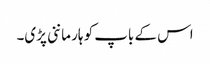
اس کے باپ کو ہار ماننی پڑی۔